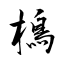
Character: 樢